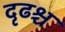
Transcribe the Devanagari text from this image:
दृढश्च